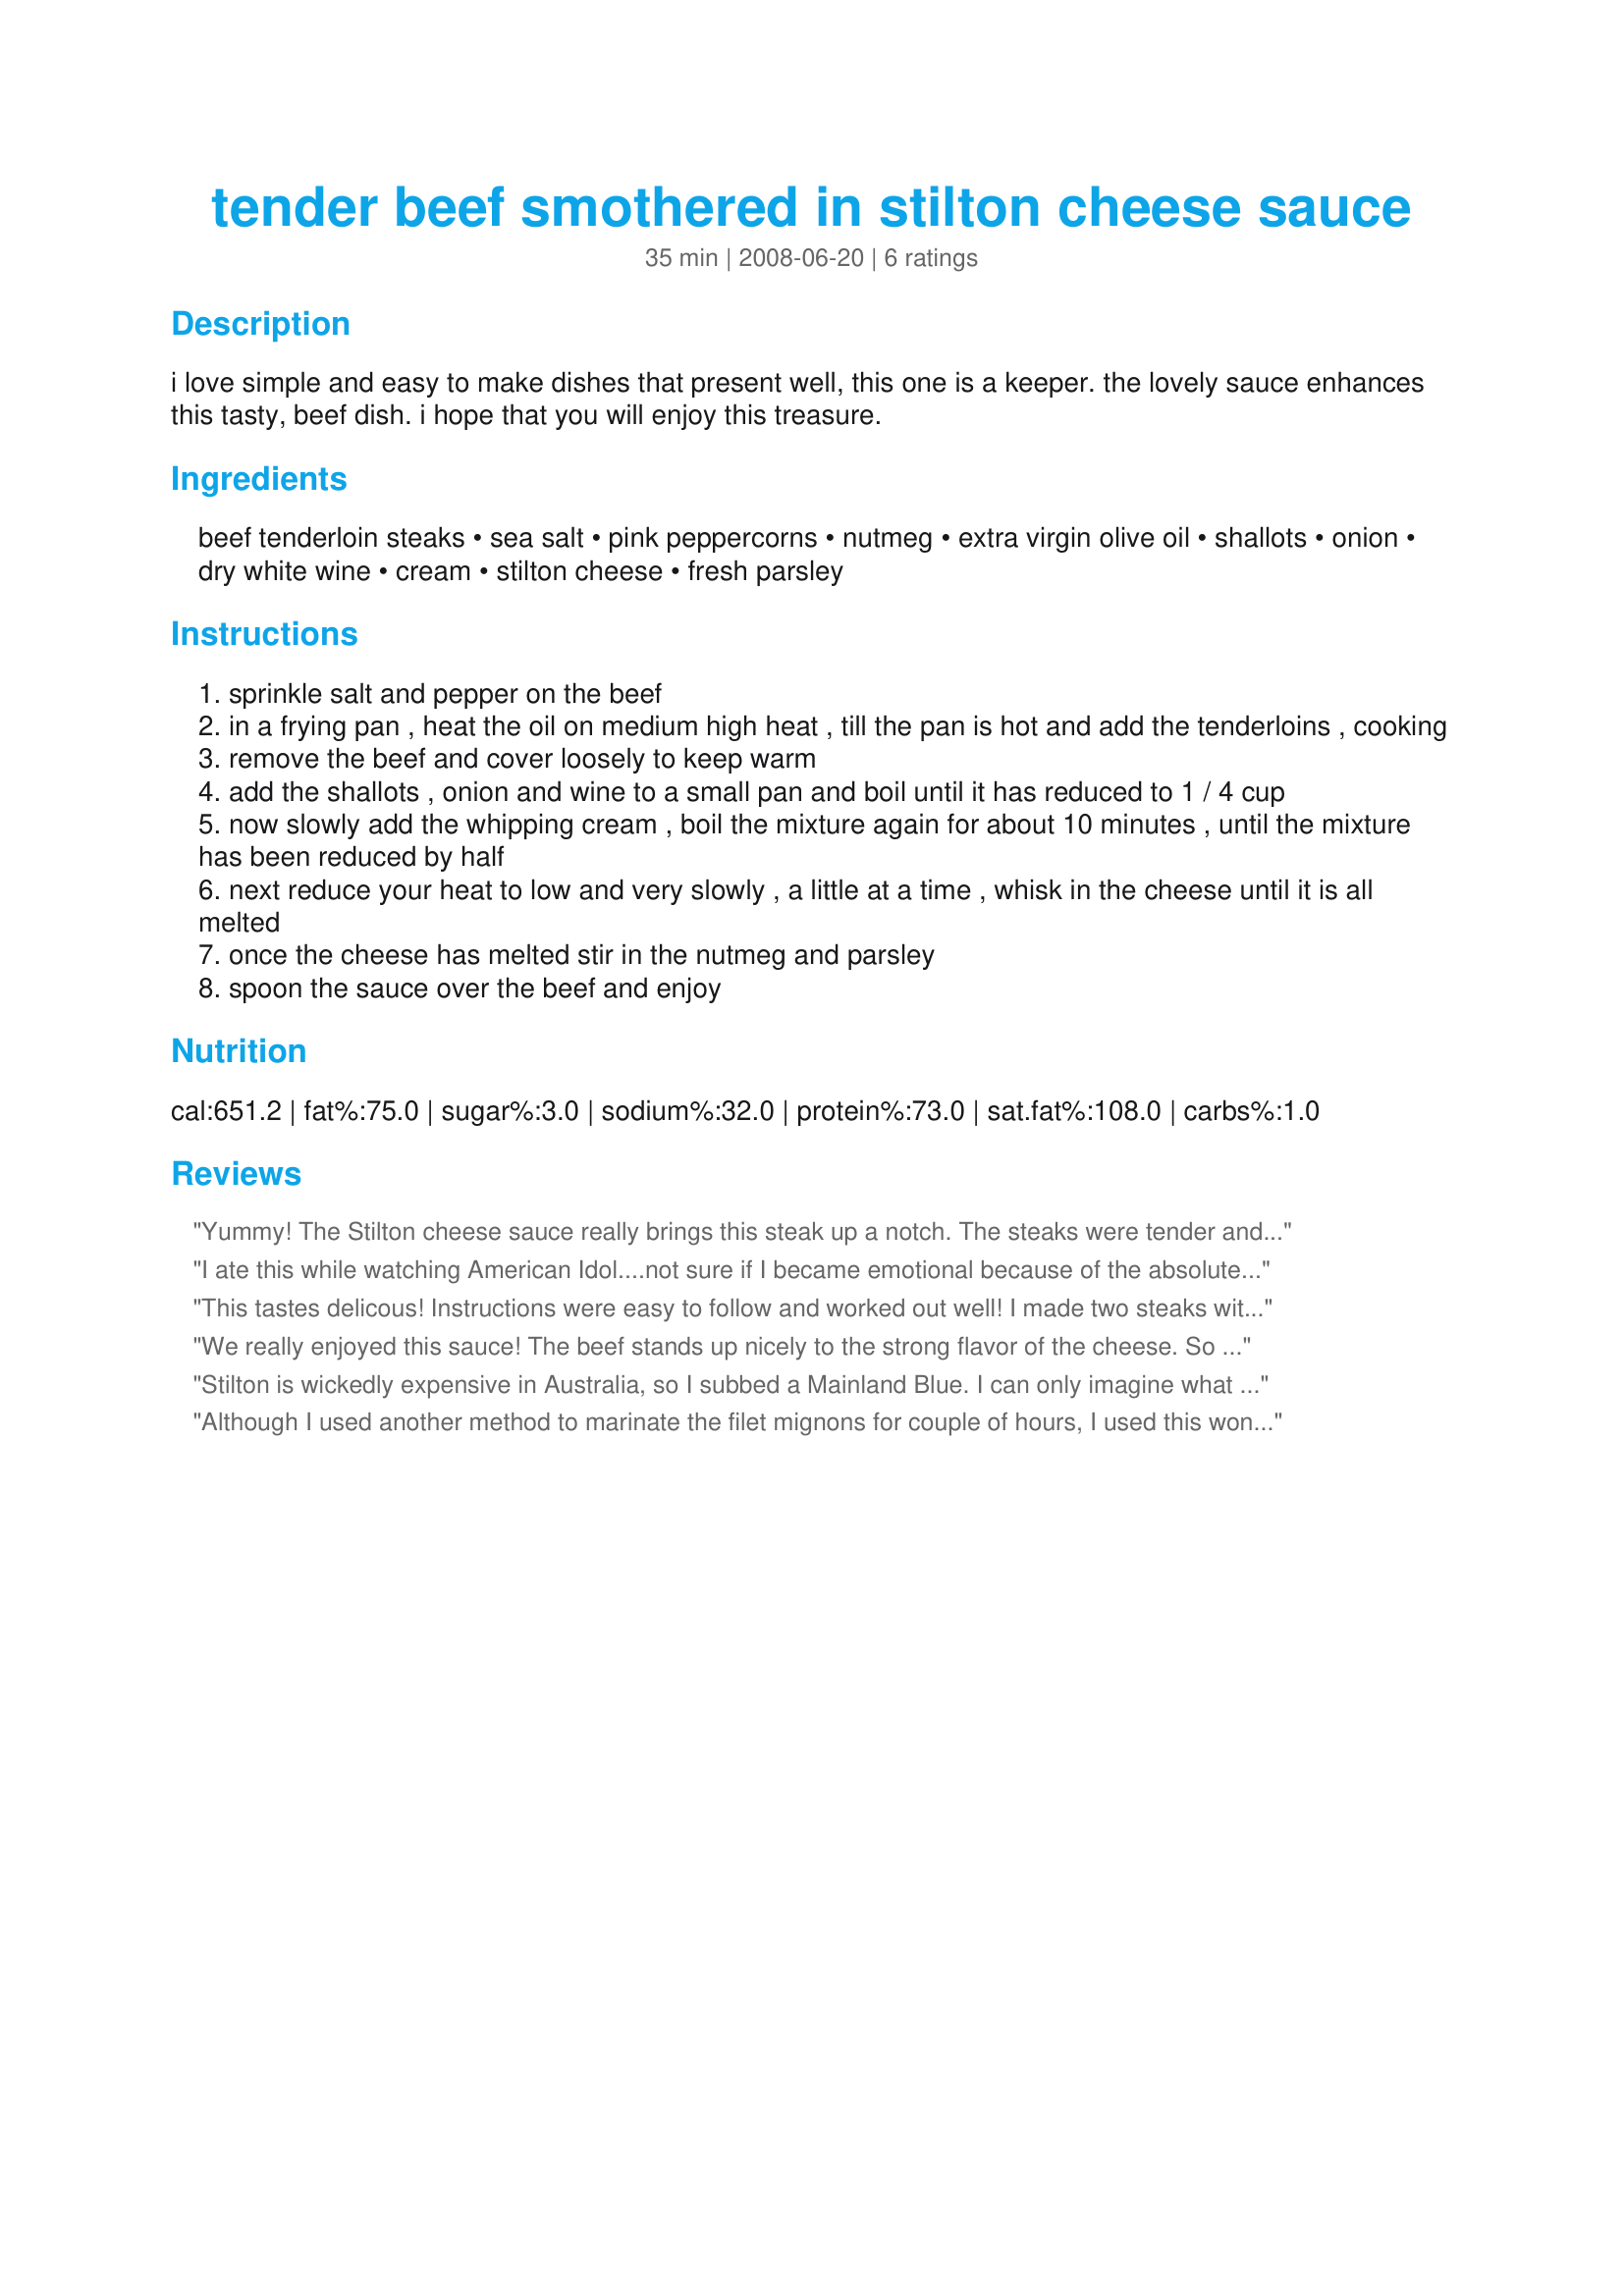
tender beef smothered in stilton cheese sauce
Preparation time: 35 minutes

i love simple and easy to make dishes that present well, this one is a keeper. the lovely sauce enhances this tasty, beef dish. i hope that you will enjoy this treasure.

Ingredients:
beef tenderloin steaks, sea salt, pink peppercorns, nutmeg, extra virgin olive oil, shallots, onion, dry white wine, cream, stilton cheese, fresh parsley

Steps:
sprinkle salt and pepper on the beef
in a frying pan , heat the oil on medium high heat , till the pan is hot and add the tenderloins , cooking
remove the beef and cover loosely to keep warm
add the shallots , onion and wine to a small pan and boil until it has reduced to 1 / 4 cup
now slowly add the whipping cream , boil the mixture again for about 10 minutes , until the mixture has been reduced by half
next reduce your heat to low and very slowly , a little at a time , whisk in the cheese until it is all melted
once the cheese has melted stir in the nutmeg and parsley
spoon the sauce over the beef and enjoy

Reviews:
Yummy! The Stilton cheese sauce really brings this steak up a notch. The steaks were tender and juicy and the sauce was delicious with just enough tanginess from the Stilton cheese. Easy to make and elegant enough for company. Made for December 2012 Aus/NZ Swap.
I ate this while watching American Idol....not sure if I became emotional because of the absolute deliciousness of this steak or because the group of contestants were singing Sweet Home Alabama (great memories)! This is phenomenal.....wonderful for a special occasion or when you want to treat yourself. I halved the recipe, but made all the sauce.....love stilton! Thanks for sharing this delicious recipe!!
This tastes delicous! Instructions were easy to follow and worked out well! I made two steaks with the whole sauce reciepe. Couldnt find stilton (live in a small town) so used a mild blue cheese. A rich tasty treat for steak! Thanks for a great recipe.
We really enjoyed this sauce! The beef stands up nicely to the strong flavor of the cheese. So glad I tried this recipe.
Stilton is wickedly expensive in Australia, so I subbed a Mainland Blue. I can only imagine what this sauce would taste like using Stilton because we thought it was fantastic using the cheese we did. I went out into the garden, picked the parsley then forgot to use it, but no matter, it was all about the cheese I'm sure. We ate our steaks with crushed potatoes and a pear and rocket salad and the sauce was great with all of them. I made the sauce, set it aside, Russ cooked our steaks on the BBQ, then I reheated the sauce gently. It worked just fine that way.
Although I used another method to marinate the filet mignons for couple of hours, I used this wonderful Stilton cheese sauce and it was totally delish! The only substitution I made was instead of using shallot, I used garlic. The use of nutmeg with the Stilton here is what makes this sauce wonderful. Thank you Baby Kato for the recipe.
